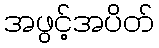
အဖွင့်အပိတ်